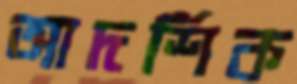
আদর্শিক